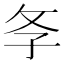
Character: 𢻯